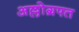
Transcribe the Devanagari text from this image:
अल्लोग्रफ्त